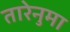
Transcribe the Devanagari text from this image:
तारेनुमा